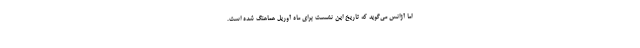
اما آژانس می‌گوید که تاریخ این نشست برای ماه آوریل هماهنگ شده است.